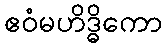
ဧဝံမဟိဒ္ဓိကော